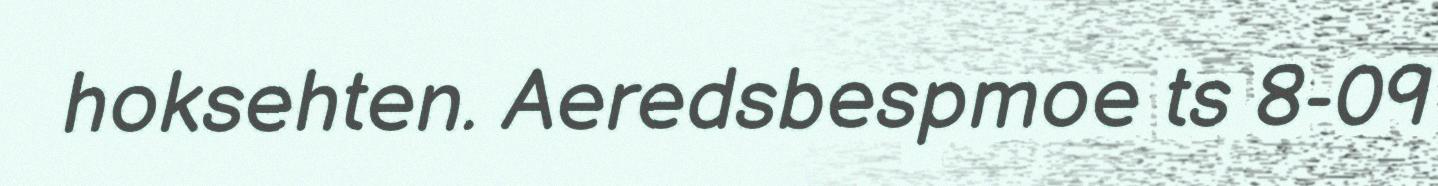
hoksehten. Aeredsbespmoe ts 8-09